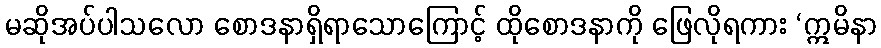
မဆိုအပ်ပါသလော စောဒနာရှိရာသောကြောင့် ထိုစောဒနာကို ဖြေလိုရကား ‘ဣမိနာ